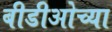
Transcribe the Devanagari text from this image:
बीडीओच्या